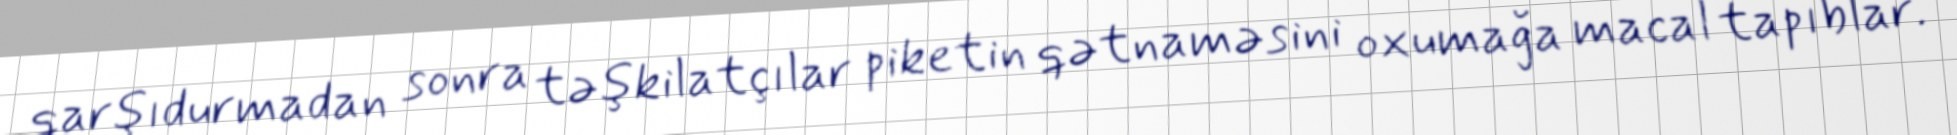
qarşıdurmadan sonra təşkilatçılar piketin qətnaməsini oxumağa macal tapıblar.